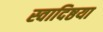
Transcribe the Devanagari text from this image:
स्वादिष्ठया